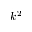
k ^ { 2 }